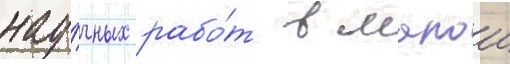
нау́чных рабо́т в малои